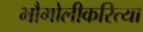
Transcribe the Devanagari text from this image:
भौगोलीकरित्या